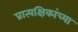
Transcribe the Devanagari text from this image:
प्रात्यक्षिकांच्या